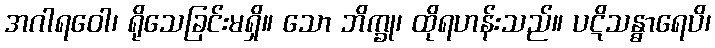
အဂါရဝေါ၊ ရိုသေခြင်းမရှိ။ သော ဘိက္ခု၊ ထိုရဟန်းသည်။ ပဋိသန္ဓာရေပိ၊